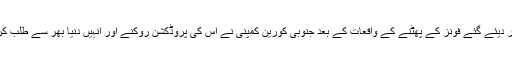
تاہم ان محفوظ قرار دیئے گئے فونز کے پھٹنے کے واقعات کے بعد جنوبی کورین کمپنی نے اس کی پروڈکشن روکنے اور انہیں دنیا بھر سے طلب کرنے کا اعلان کیا۔